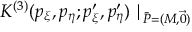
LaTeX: K ^ { ( 3 ) } ( p _ { \xi } , p _ { \eta } ; p _ { \xi } ^ { \prime } , p _ { \eta } ^ { \prime } ) \mid _ { \bar { P } = ( M , \vec { 0 } ) } \! \!